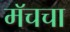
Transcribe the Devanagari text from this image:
मॅचचा